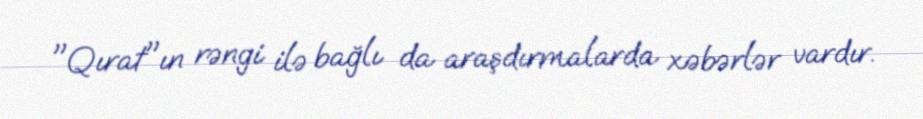
"Qırat"ın rəngi ilə bağlı da araşdırmalarda xəbərlər vardır.